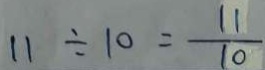
1 1 \div 1 0 = \frac { 1 1 } { 1 0 }